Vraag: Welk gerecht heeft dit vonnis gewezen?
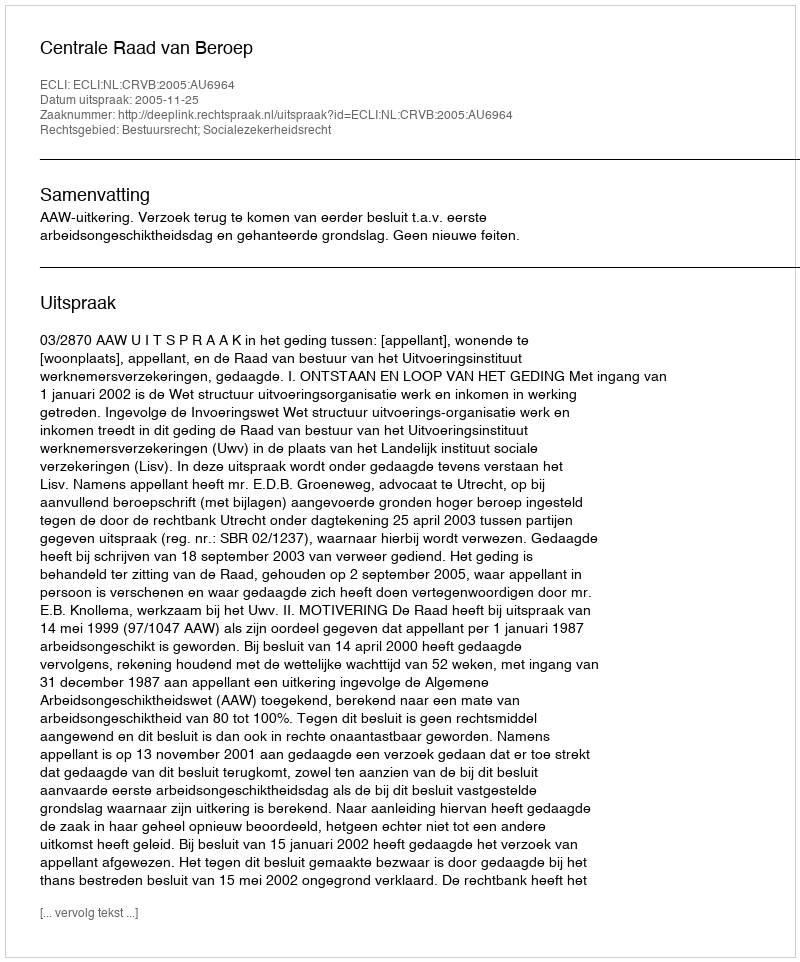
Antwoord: Centrale Raad van Beroep